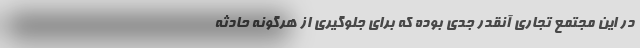
در این مجتمع تجاری آنقدر جدی بوده که برای جلوگیری از هرگونه حادثه